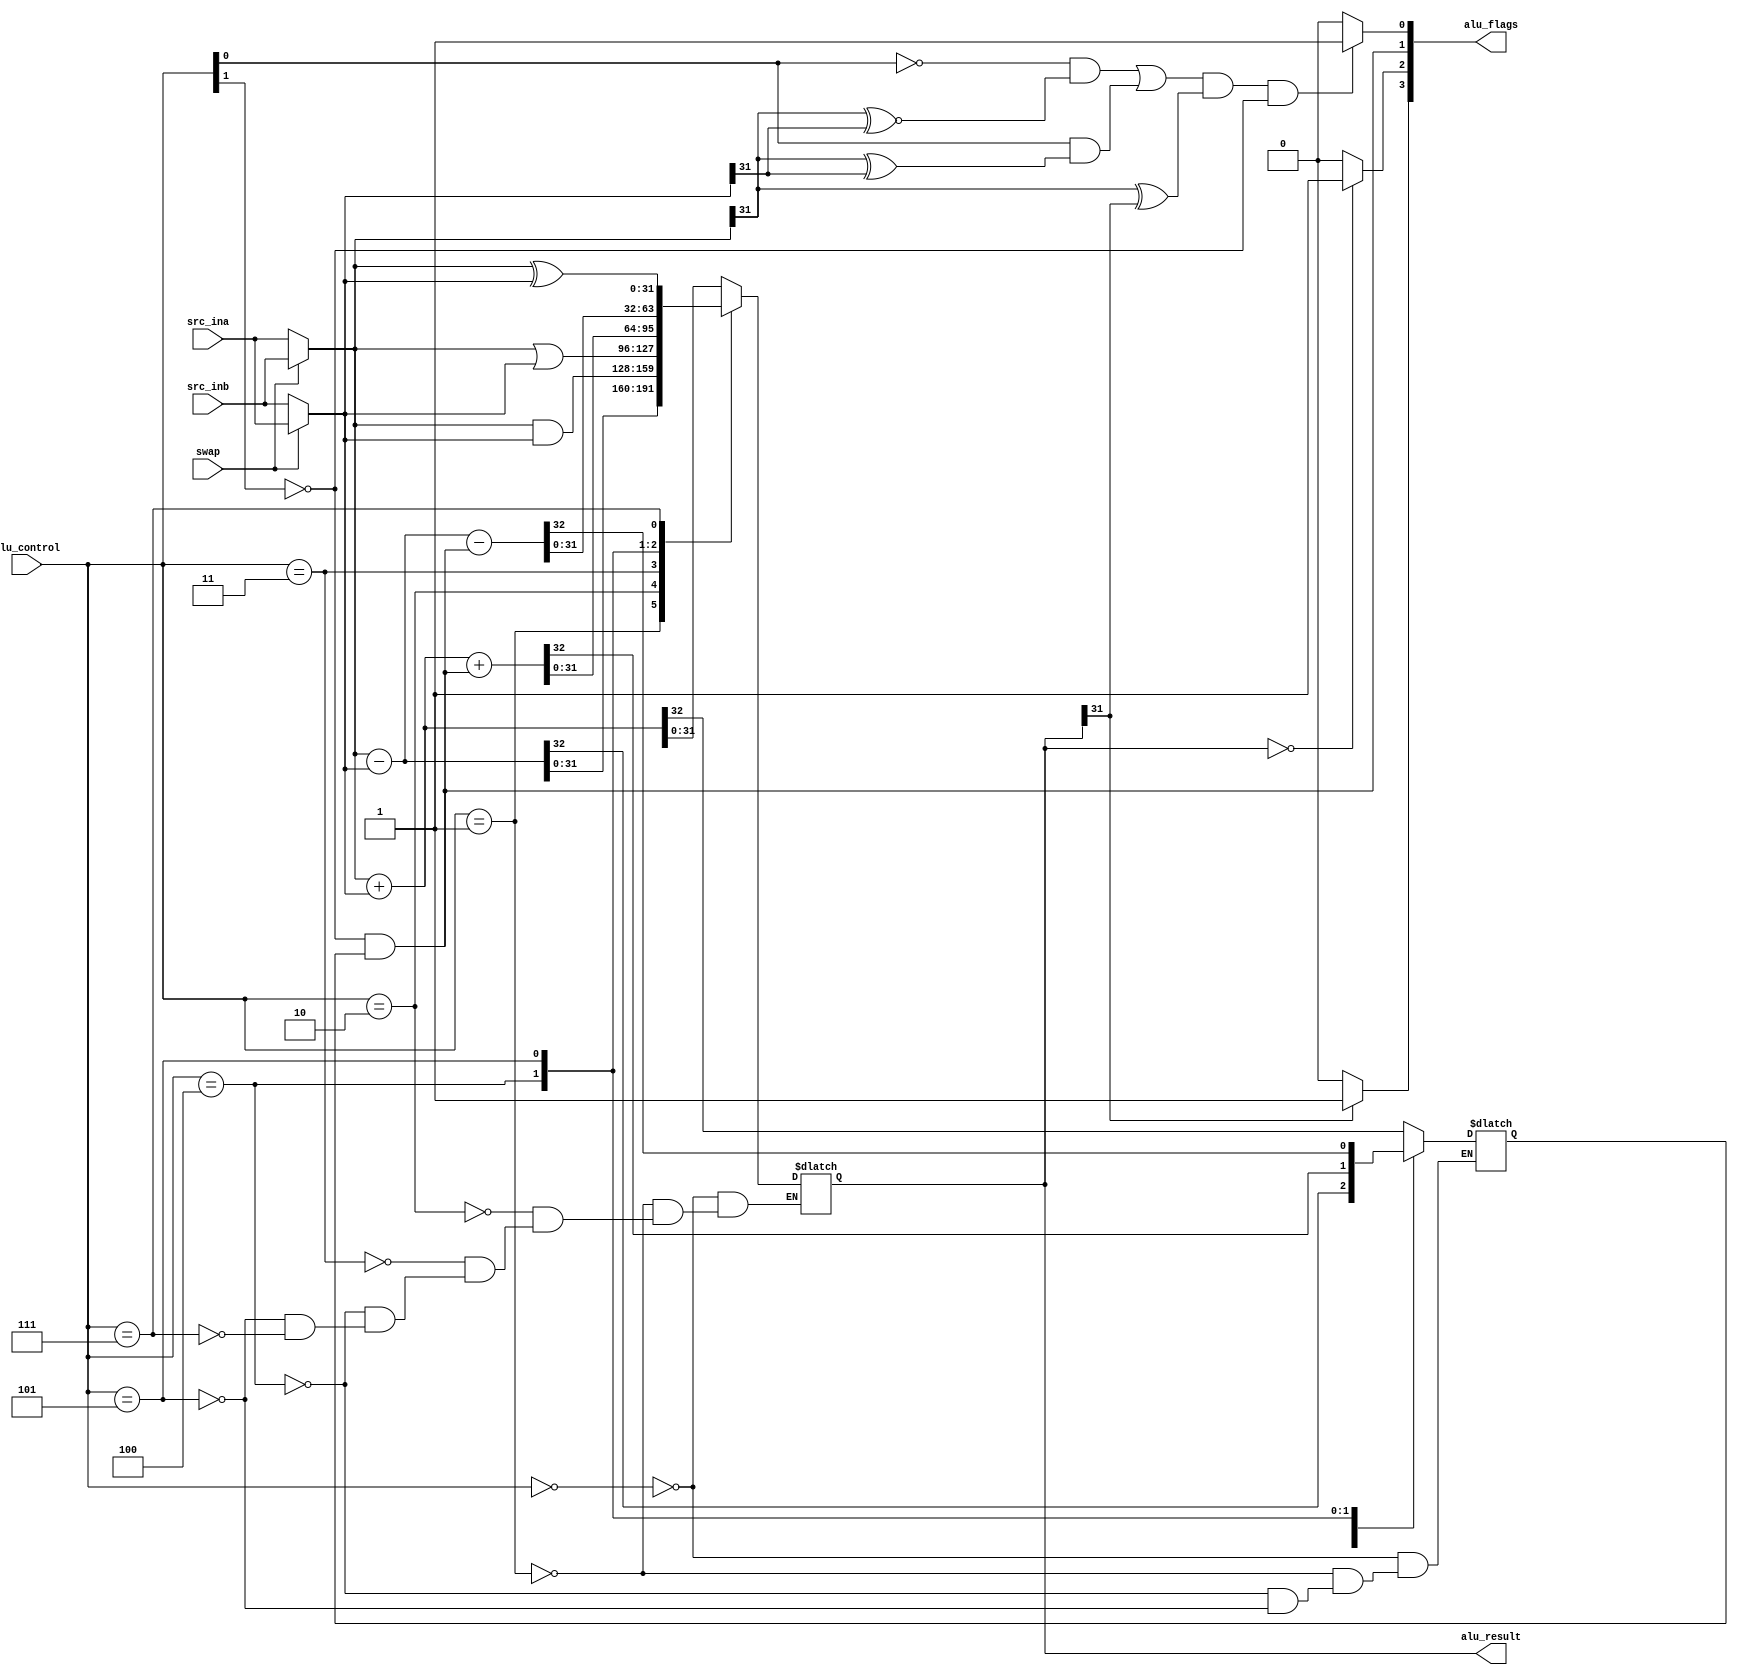
`default_nettype none
module alu(src_ina,
           src_inb,
           alu_control,
           alu_result,
           alu_flags,
           swap);
    input [31:0] src_ina;
    input [31:0] src_inb;
    input [2:0] alu_control;
    output reg  [31:0] alu_result;
    output [3:0] alu_flags;
    input swap;

    wire zero,overflow,carry,neg;
    reg cout;
    wire [31:0] src_a,src_b;

    assign src_a = swap? src_inb: src_ina;
    assign src_b = swap? src_ina: src_inb;

    always @(*) begin
        case (alu_control)

            // add
            3'b000: {cout,alu_result} <=  src_a + src_b;
            // sub
            3'b001: {cout,alu_result} <=  src_a - src_b;

            // and
            3'b010: alu_result <=  src_a & src_b;
            // or
            3'b011: alu_result <=  src_a | src_b;

            // addc
            3'b100: {cout,alu_result} <= src_a + src_b + carry;
            // subc
            3'b101: {cout,alu_result} <= src_a - src_b - carry;

            // xor
            3'b111: alu_result <=  src_a ^ src_b;

        endcase
    end

    assign zero = (alu_result==0)? 1 : 0;
    assign neg = alu_result[31]? 1 : 0;
    //assign overflow = ((~src_a[31] && ~src_b[31] && alu_result[31]) || (src_a[31] && src_b[31] && ~alu_result[31])) ? 1 :0;
    assign overflow = ((~(alu_control[0]) & (src_a[31] ~^ src_b[31]) || 
                         (alu_control[0]) & (src_a[31] ^ src_b[31])) &&
                        (src_a[31] ^ alu_result[31]) &&
                       ~(alu_control[1])) ?1:0;
    assign carry = (~alu_control[1]&cout);

    assign alu_flags = {neg,zero,carry,overflow};    

endmodule